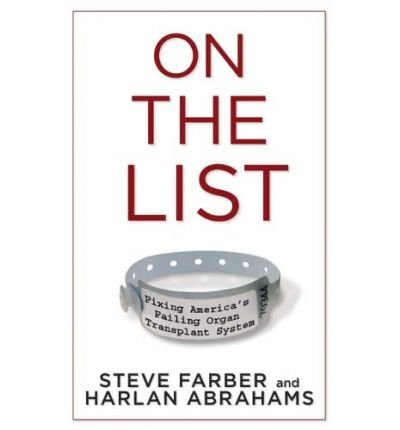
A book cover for [ ON THE LIST: FIXING AMERICA'S FAILING ORGAN TRANSPLANT SYSTEM ] By Farber, Steve ( Author) 2009 [ Hardcover ]; Health, Fitness & Dieting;